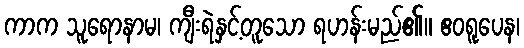
ကာက သူရောနာမ၊ ကျီးရဲနှင့်တူသော ရဟန်းမည်၏။ ဧဝရူပေန၊